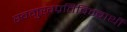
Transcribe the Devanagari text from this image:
स्वमुखप्रतिबिम्बार्थी